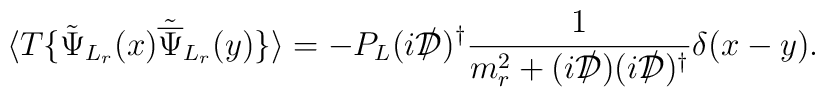
\langle T\{{\tilde\Psi}_{L_r}(x){\tilde{\overline\Psi}}_{L_r}(y)\} \rangle= -P_L (i{{\cal D}\kern-0.15em\raise0.17ex\llap{/}\kern0.15em\relax})^{\dagger}\frac{1}{m^2_r + (i{{\cal D}\kern-0.15em\raise0.17ex\llap{/}\kern0.15em\relax})(i{{\cal D}\kern-0.15em\raise0.17ex\llap{/}\kern0.15em\relax})^{\dagger}}\delta(x-y).